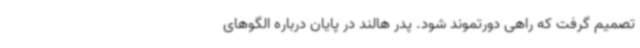
تصمیم گرفت که راهی دورتموند شود. پدر هالند در پایان درباره الگوهای